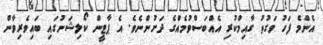
އެންމެ ފަހު ވަގުތު ގާއިމްކުރި އެއްބަސްވުމެއްގެ ދަށުންނެވެ. އެ ޕާޓީން ކޯލިޝަނުގައި ބައިވެރިވާން